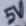
Text: 5V